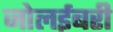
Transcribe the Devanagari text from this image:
जोलईबरी